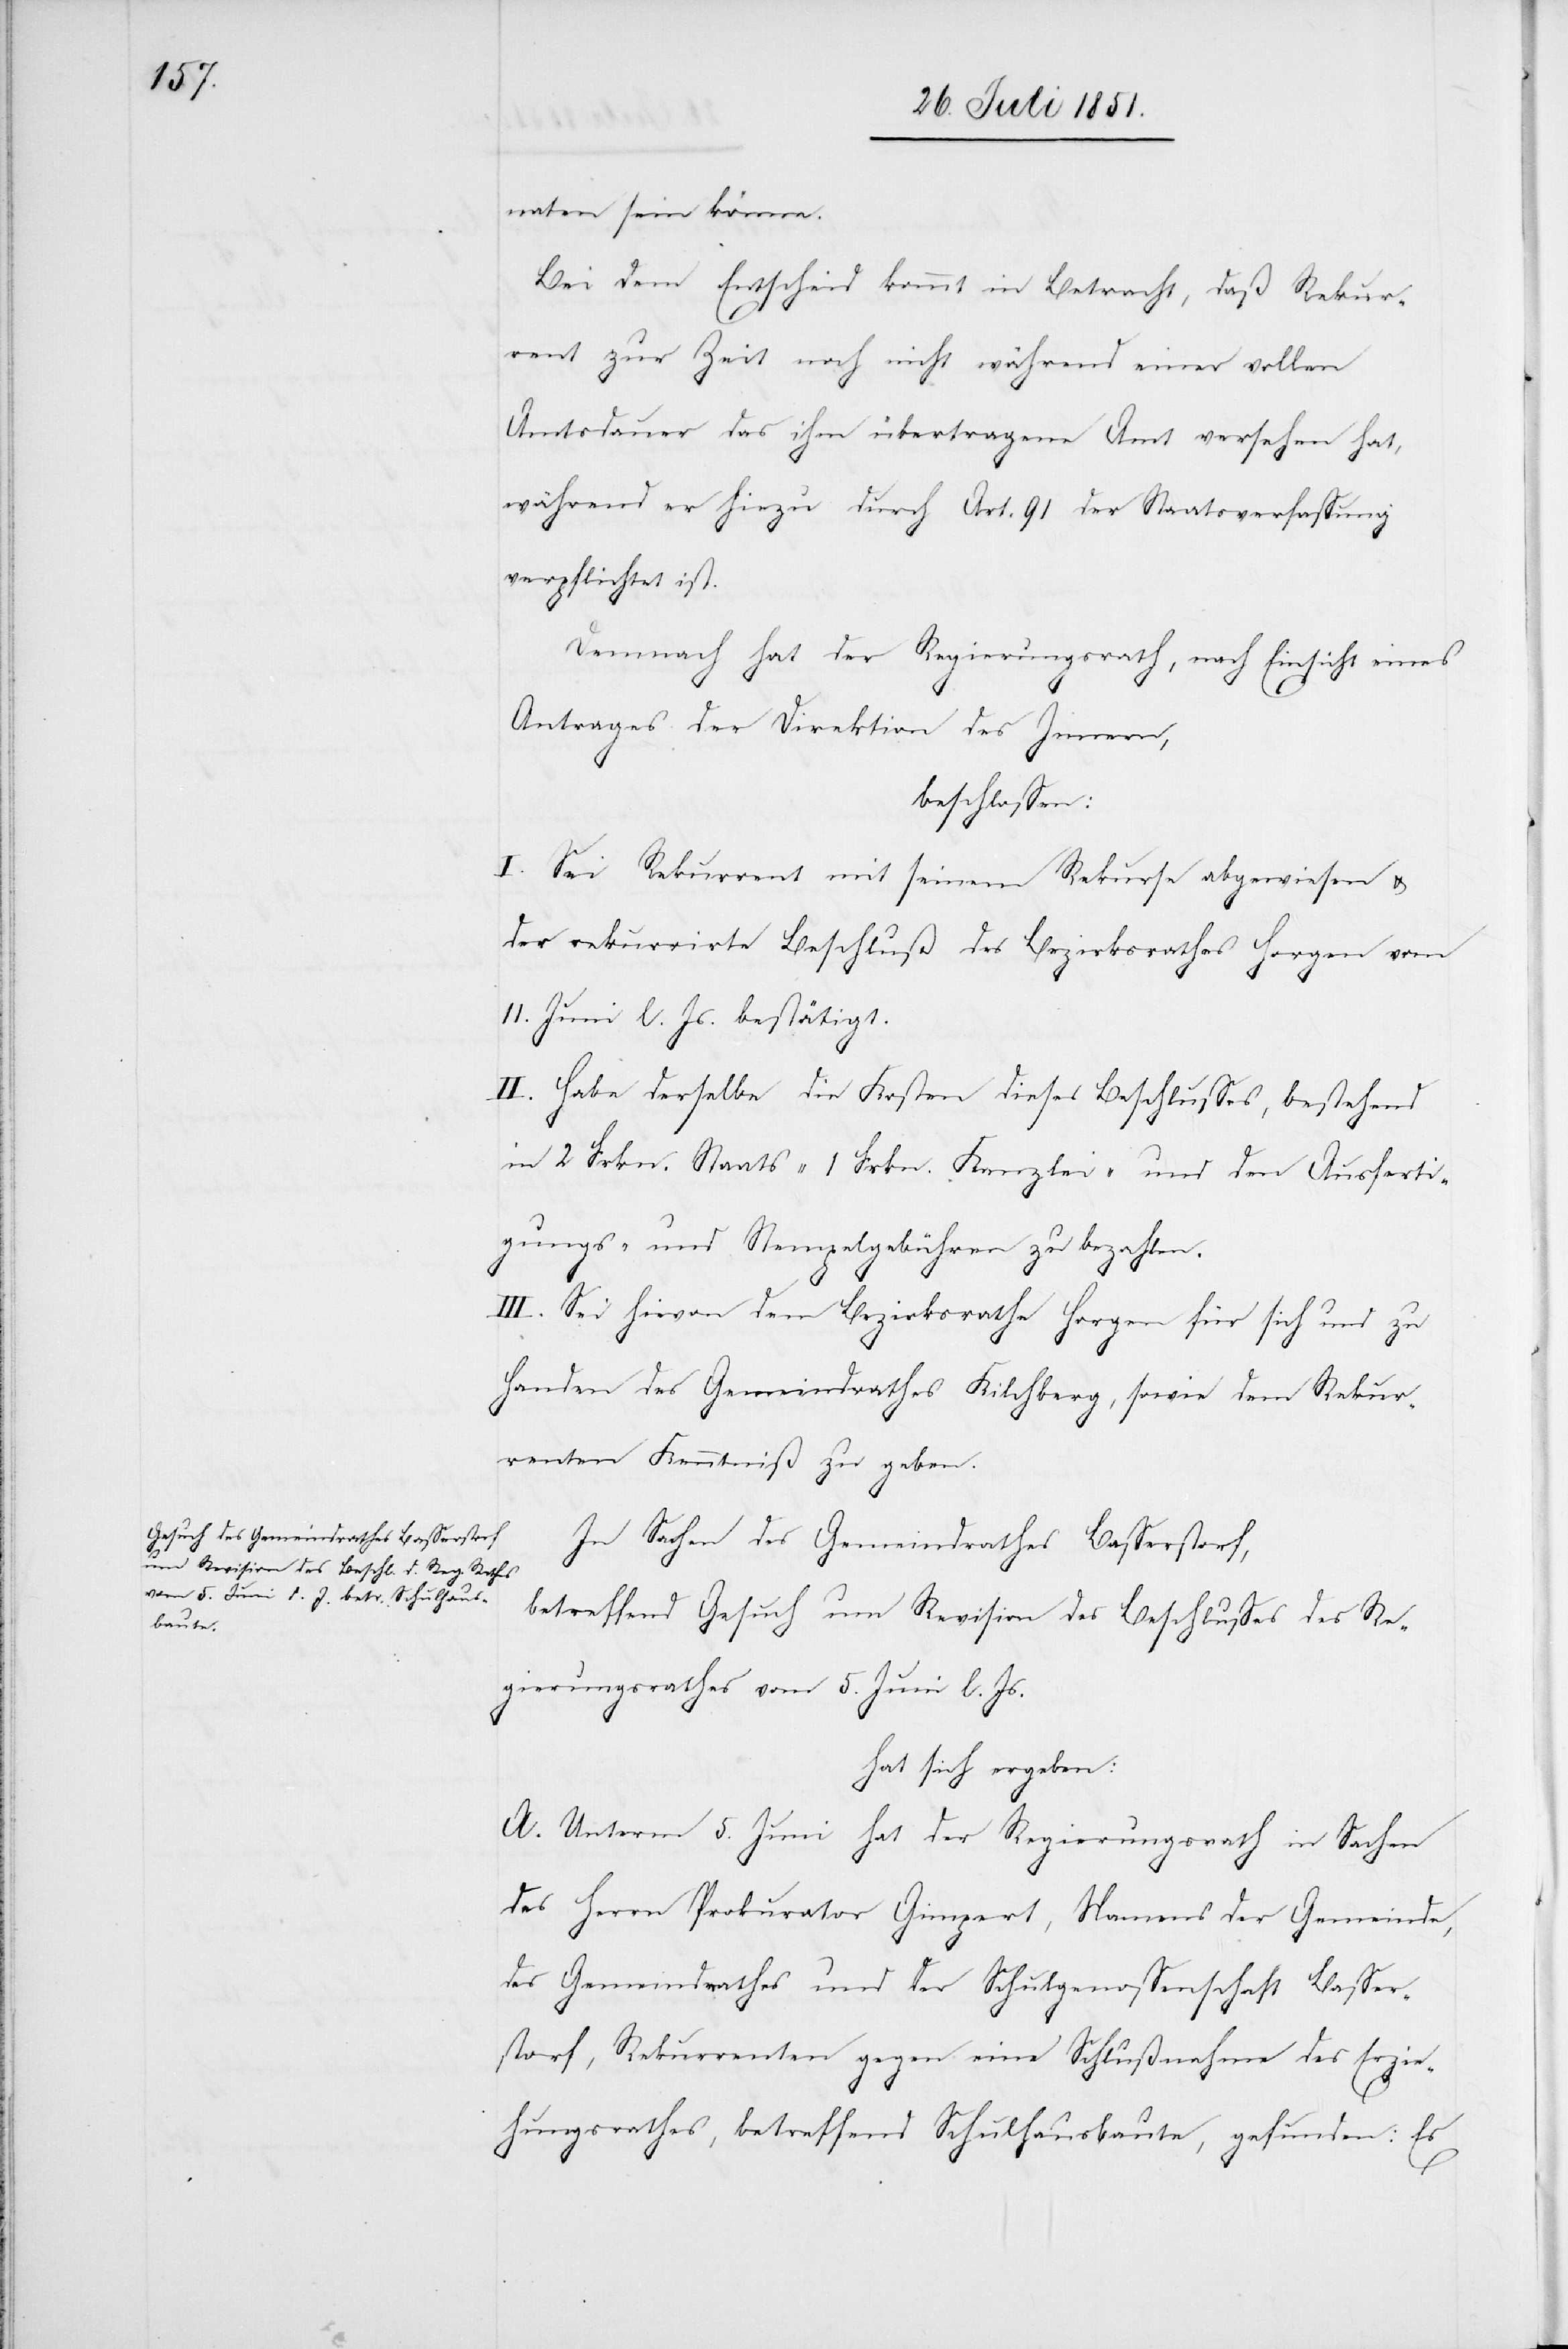
naten sein könne.
Bei dem Entscheid kommt in Betracht, daß Rekur¬
rent zur Zeit noch nicht während einer vollen
Amtsdauer das ihm übertragene Amt versehen hat,
während er hiezu durch Art. 91 der Staatsverfassung
verpflichtet ist.
Demnach hat der Regierungsrath, nach Einsicht eines
Antrages der Direktion des Innern,
beschlossen:
I. Sei Rekurrent mit seinem Rekurse abgewiesen &
der rekurrirte Beschluß des Bezirksrathes Horgen vom
11. Juni l. Js. bestätigt.
II. Habe derselbe die Kosten dieses Beschlusses, bestehend
in 2 Frkn. Staats-[,] 1 Frkn. Kanzlei- und den Ausferti¬
gungs- und Stempelgebühren zu bezahlen.
III. Sei hievon dem Bezirksrathe Horgen für sich und zu
Handen des Gemeindrathes Kilchberg, sowie dem Rekur¬
renten Kenntniß zu geben.
In Sachen des Gemeindrathes Basserstorf,
betreffend Gesuch um Revision des Beschlusses des Re¬
gierungsrathes vom 5. Juni l. Js.
hat sich ergeben:
A. Unterm 5. Juni hat der Regierungsrath in Sachen
des Herrn Prokurator Gimpert, Namens der Gemeinde,
des Gemeindrathes und der Schulgenossenschaft Basser¬
storf, Rekurrenten gegen eine Schlußnahme des Erzie¬
hungsrathes, betreffend Schulhausbaute, gefunden: Es